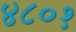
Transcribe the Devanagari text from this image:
४८०१